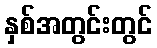
နှစ်အတွင်းတွင်